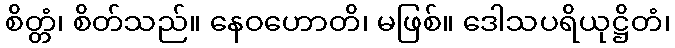
စိတ္တံ၊ စိတ်သည်။ နေဝဟောတိ၊ မဖြစ်။ ဒေါသပရိယုဋ္ဌိတံ၊